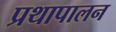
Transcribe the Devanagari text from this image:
प्रथापालन